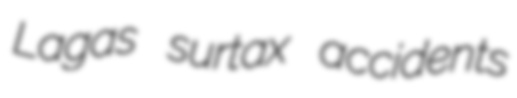
Lagas surtax accidents